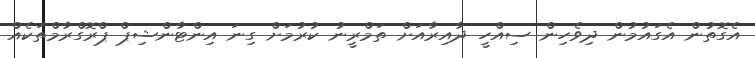
އެގޮތުން އެގައުމުން ދިވެހިން ސިއްހީ ދާއިރާއަށް ތަމްރީނު ކުރުމަށް ގިނަ އިންޓާންޝިޕް ޕްރޮގްރާމްތަކެއް